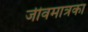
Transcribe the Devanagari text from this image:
जीवमात्रका